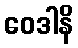
ဝေဒါနိ